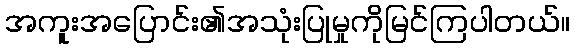
အကူးအပြောင်း၏အသုံးပြုမှုကိုမြင်ကြပါတယ်။